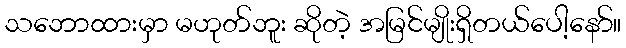
သဘောထားမှာ မဟုတ်ဘူး ဆိုတဲ့ အမြင်မျိုးရှိတယ်ပေါ့နော်။